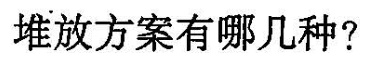
堆放方案有哪几种?